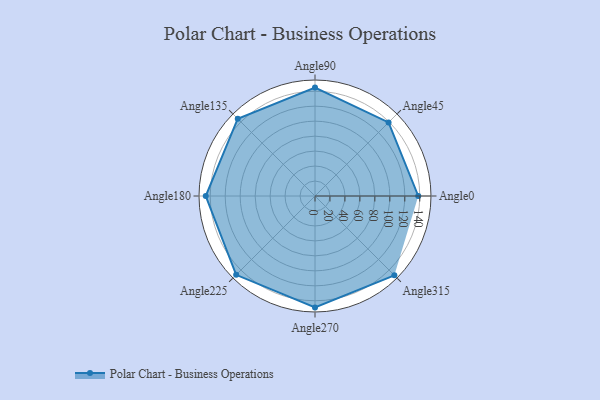
{"axis": {"x": "Angle", "y": "Radius"}, "legend": [""], "data": [{"x": "Angle0", "y": 138.0, "type": ""}, {"x": "Angle45", "y": 139.0, "type": ""}, {"x": "Angle90", "y": 145.0, "type": ""}, {"x": "Angle135", "y": 146.0, "type": ""}, {"x": "Angle180", "y": 146.0, "type": ""}, {"x": "Angle225", "y": 149.0, "type": ""}, {"x": "Angle270", "y": 149.0, "type": ""}, {"x": "Angle315", "y": 150.0, "type": ""}]}